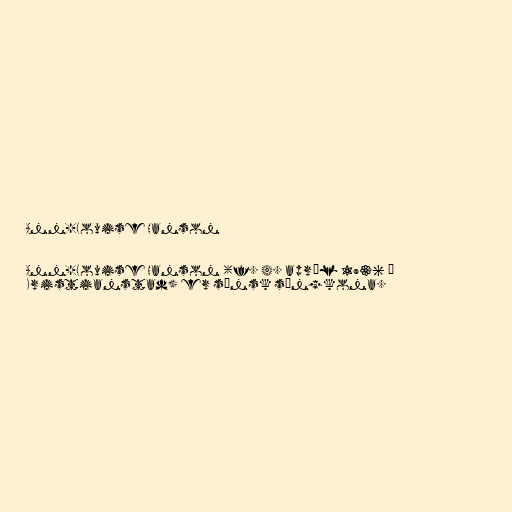
Ann-Louise Hanson

Ann-Louise Hanson (f. 4. apríl 1936 í
Kristianstad) er sænsk söngkona.